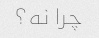
چرا نه؟